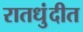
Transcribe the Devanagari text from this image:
रातधुंदीत